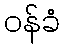
ဝန်ခံ